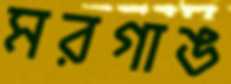
মরগাঙ